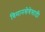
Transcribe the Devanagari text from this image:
विमानसेवेसाठी